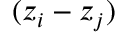
( z _ { i } - z _ { j } )